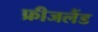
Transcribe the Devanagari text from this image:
फ्रीजलैंड